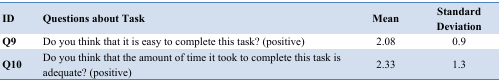
| ID | Questions about Task | Mean | Standard Deviation |
 | --- | --- | --- | --- |
 | Q9 | Do you think that it is easy to complete this task? (positive) | 2.08 | 0.9 |
 | Q10 | Do you think that the amount of time it took to complete this task is adequate? (positive) | 2.33 | 1.3 |